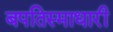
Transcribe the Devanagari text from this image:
बपतिस्माधारी